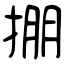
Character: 掤